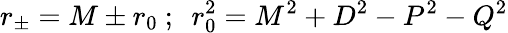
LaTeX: r_{\pm}=M\pm r_{0}\ ;\ \ r_{0}^{2}=M^{2}+D^{2}-P^{2}-Q^{2}